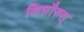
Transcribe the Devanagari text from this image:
किन्नौरुस्